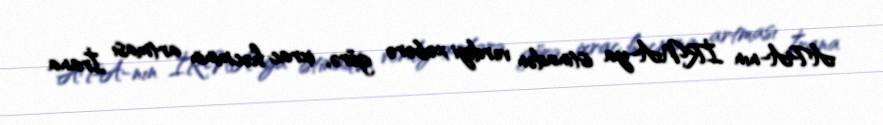
APA-nın İRNA-ya istinadən verdiyi xəbərə görə, ixrac həcminin artması İrana